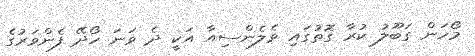
މޯހަން ގަބޫލު ކުރާ ގޮތުގައި ވެލެންސިއާ އަކީ ދެ ވަނަ ހޯދޭ ފެންވަރުގެ